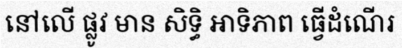
នៅលើ ផ្លូវ មាន សិទ្ធិ អាទិភាព ធ្វើដំណើរ